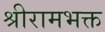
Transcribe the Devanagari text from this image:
श्रीरामभक्त